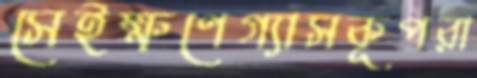
সেইক্ষণেগ্যাসকূপরা